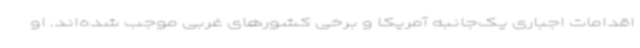
اقدامات اجباری یک‌جانبه آمریکا و برخی کشورهای غربی موجب شده‌اند. او